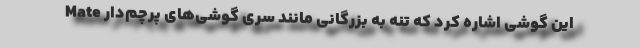
این گوشی اشاره کرد که تنه به بزرگانی مانند سری گوشی‌های پرچم‌دار Mate